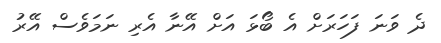
ދެ ވަނަ ފަހަރަށް އެ ބޯޅަ އަށް އޭނާ އެރި ނަމަވެސް އޭރު